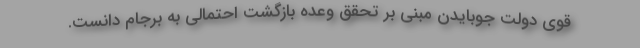
قوی دولت جوبایدن مبنی بر تحقق وعده بازگشت احتمالی به برجام دانست.